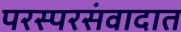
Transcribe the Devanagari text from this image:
परस्परसंवादात